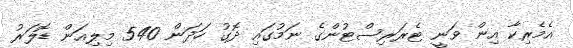
އެމެރިކާ އިން ވަނީ ޓެރަރިސްޓުންގެ ނަމުގައި ދޮގު ހަދަން 540 މިލިއަން ޑޮލަރު